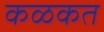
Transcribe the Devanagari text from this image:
कळकत